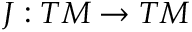
J : T M \rightarrow T M